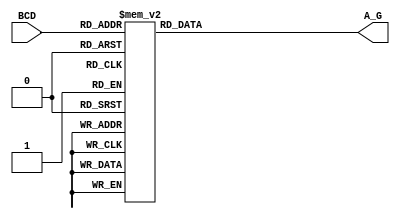
`timescale 1ns / 1ps

module BCD_to_7seg( input [3:0] BCD,
                    output [7:0] A_G
);
  reg [7:0] a_g;
  always@(*)
    begin
      case(BCD)
        4'b0000: a_g = 8'b00000011;
        4'b0001: a_g = 8'b10011111;
        4'b0010: a_g = 8'b00100101;
        4'b0011: a_g = 8'b00001101;
        4'b0100: a_g = 8'b10011001;
        4'b0101: a_g = 8'b01001001;
        4'b0110: a_g = 8'b01000001;
        4'b0111: a_g = 8'b00011111;
        4'b1000: a_g = 8'b00000001;
        4'b1001: a_g = 8'b00001001;
        default: a_g = 8'b11111111;        
      endcase
    end
  assign A_G = a_g;
endmodule